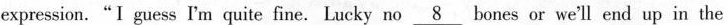
expression."Ⅰ guess I'm quite fine. Lucky no \underline{8} bones or we'll end up in the